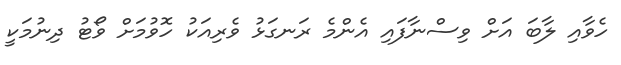
ހެވާއި ލާބަ އަށް ވިސްނާފައި އެންމެ ރަނގަޅު ވެރިއަކު ހޮވުމަށް ވޯޓު ދިނުމަކީ